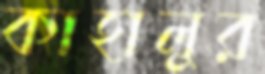
কাহালুর